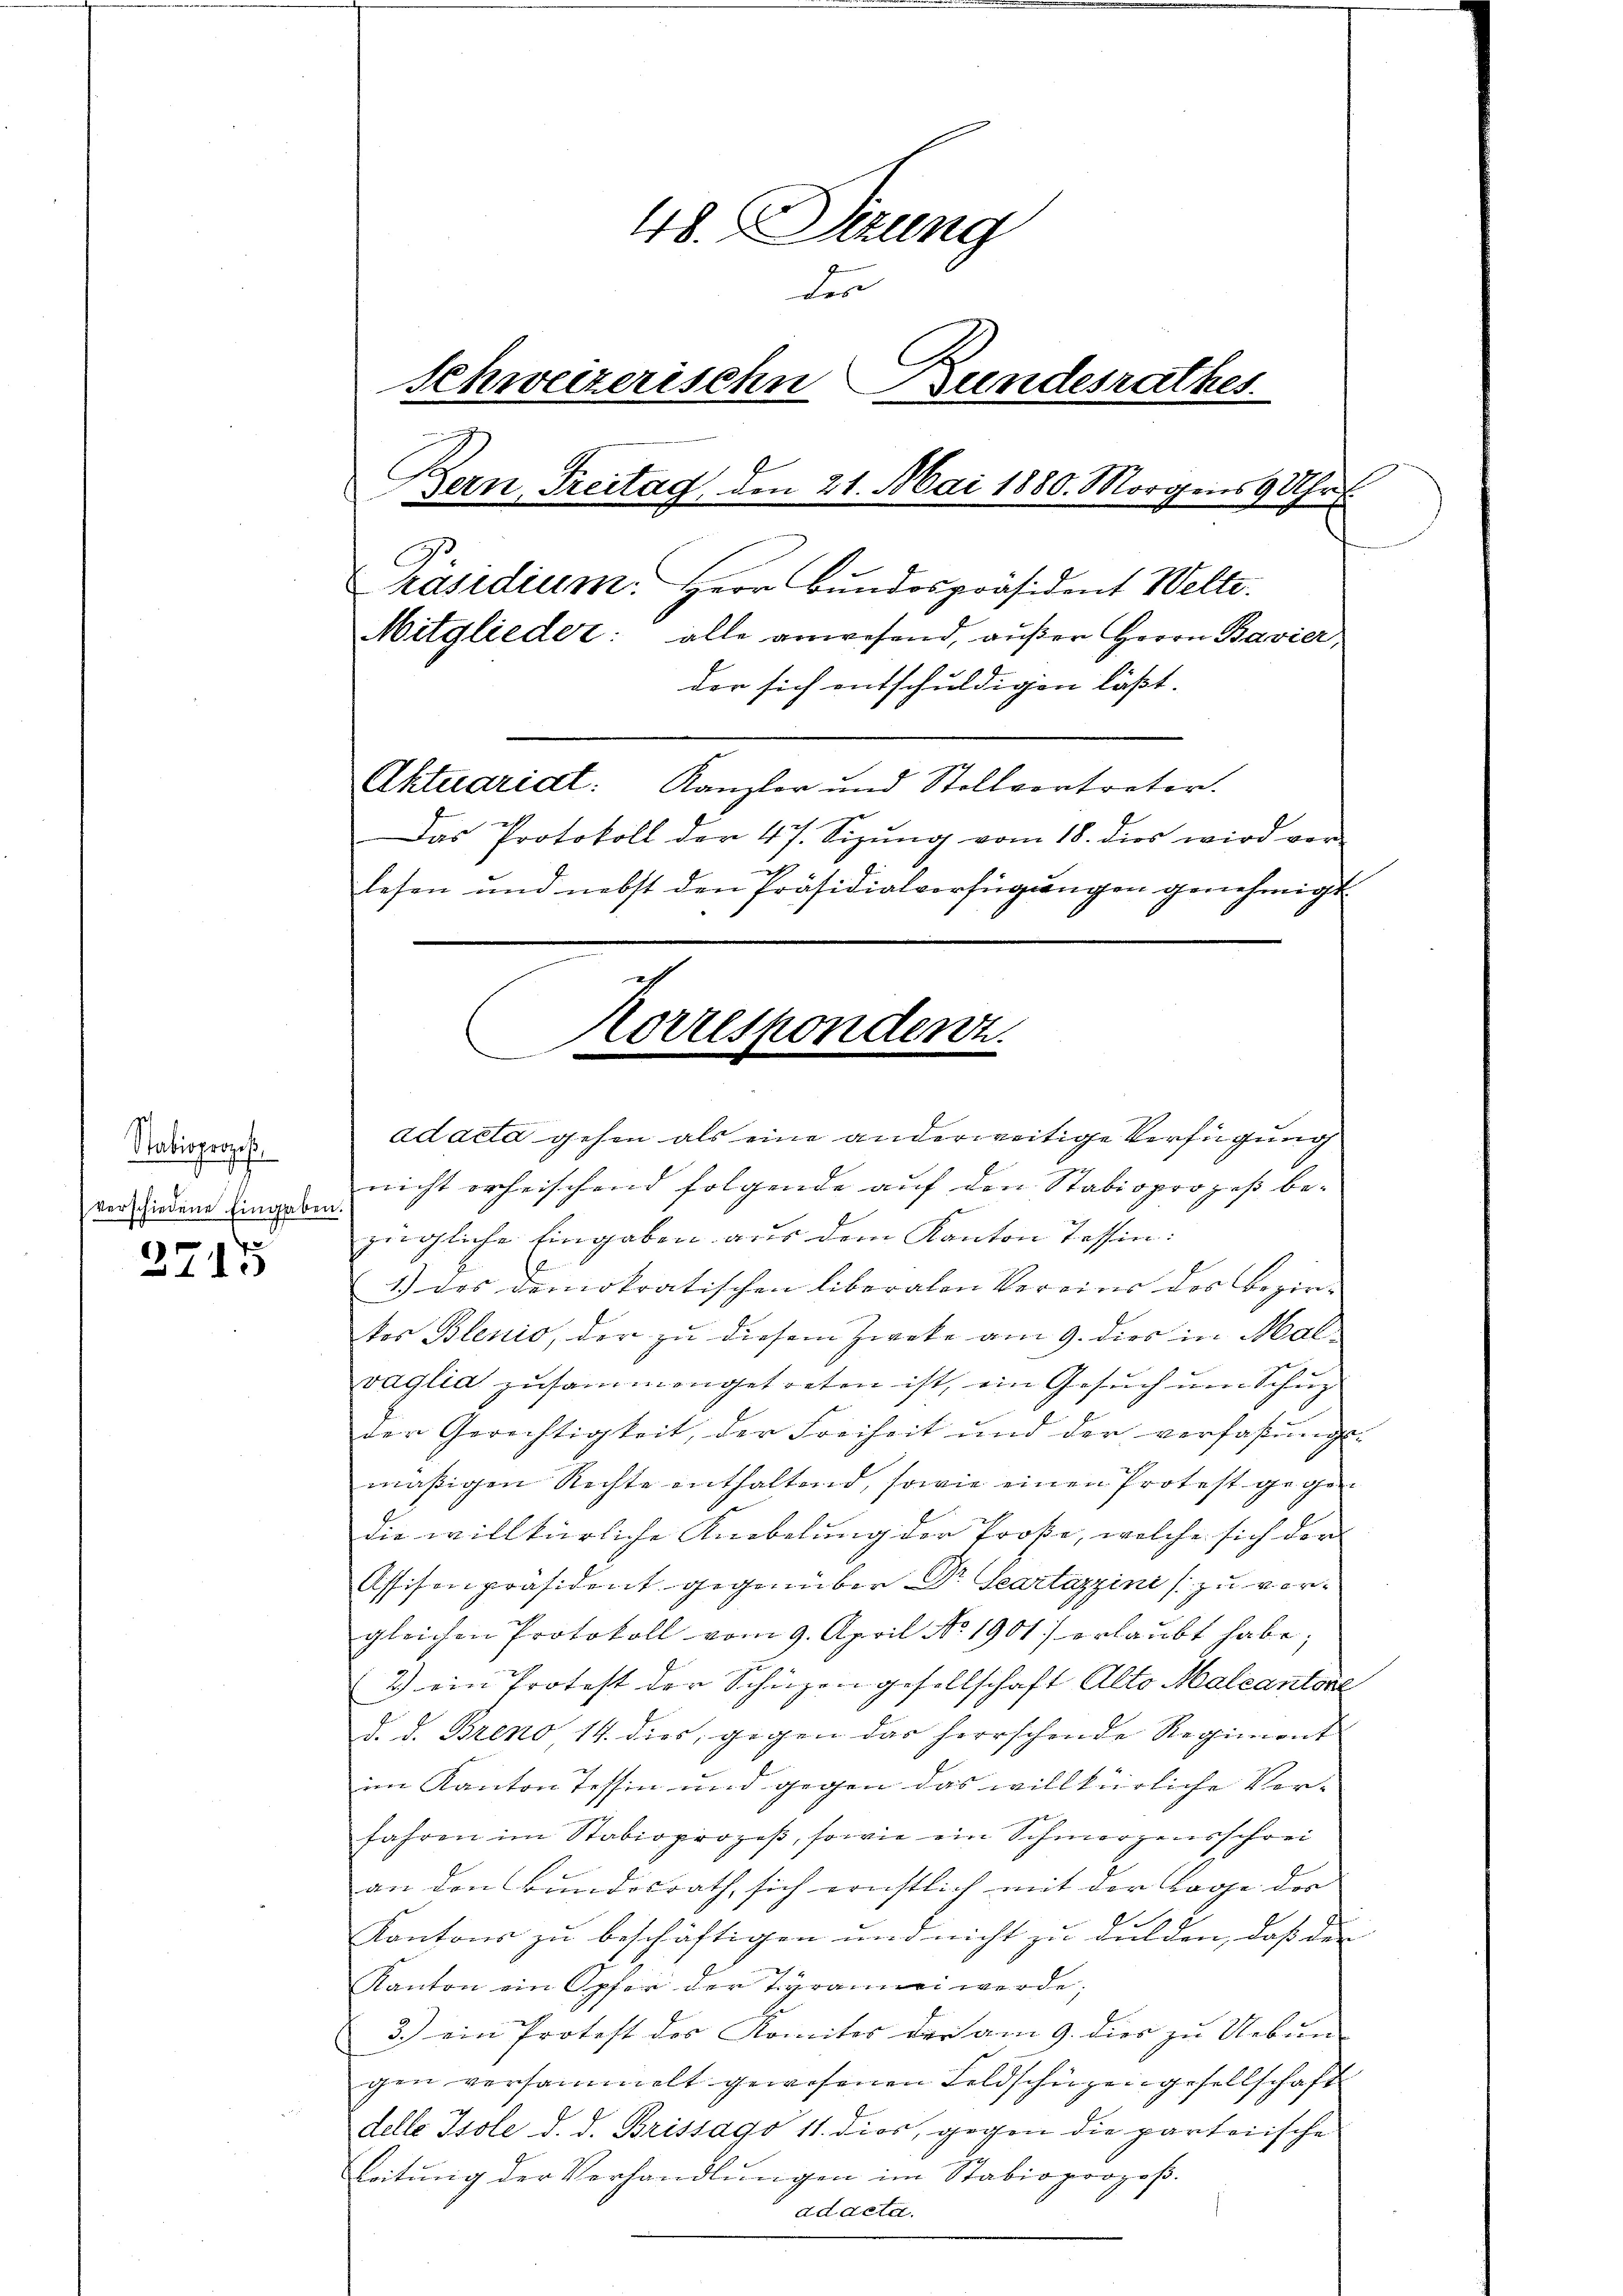
Stabioprozeß¬

4
2713

48. Sitzung
der
Schweizerische Bundesrathes.
Bern, Freitag den 21. Mai 1880. Morgens 9 Uhr
Präsidium. Herr Bundespräsident Welte.
Mitglieder: alle anwesend, aŭβer Herrn Bavier
der sich entschuldigen läßt.
Aktuariat: Kanzlor und Stollvertreter.
Das Protokoll der 47. Sizŭng vom 18. dies wird vor-
lesen und nebst den Präsidialverfügungen genehmigt

Korrespondenz.
e

ad acta gehen als eine anderweitige Verfügung
vor den und nicht erheischend folgende auf den Stabioprozeß be-
zügliche Eingaben aus dem Kanton Tessin:
1) das demokratischen liberalen Vereins des Bezir-
tos Blenio, der zu diesem Zweke am 9. dies in Malvaglia zusammengetreten ist, ein Gesuch um Schuz
der Gerichtigkeit, der Freiheit und der verfaßungs-
mäßigen Rechte enthaltend, sowie einen Protest gegen
die willkürliche Knebelung der Proße, welche sich der
Assison präsident gegenüber Dr Scartazzini (zu vorgleichen Protokoll vom 9. April No 1901) erlaŭbt habe;
2) ein Protest der Schüzen gesellschaft Alto Malcantor
d. d. Breno, 14. dies, gegen das herrschende Regiment
im Kanton Tessin und gegen das willkürliche Vor¬
Jahren im Stobioprozeβ, sowie ein Schmerzensschrei
an den Bundesrath, sich ernstlich mit der Lage der
Kantons zu beschäftigen und nicht zu dulden, daß der
Kanton ein Opfer der Tyrannei werde;
3.) ein Protest des Komites der am 9. dies zu Uebun-
gen versammelt gewesenen Feldschüzengesellschaft
delle Isole d. d. Brissago 11. dies, gegen die parteiische
Leitŭng der Verhandlŭngen im Stabiopropos.
ad acta.